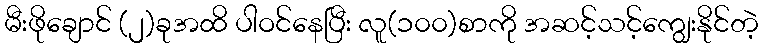
မီးဖိုချောင် (၂)ခုအထိ ပါဝင်နေပြီး လူ(၁၀၀)စာကို အဆင့်သင့်ကျွေးနိုင်တဲ့